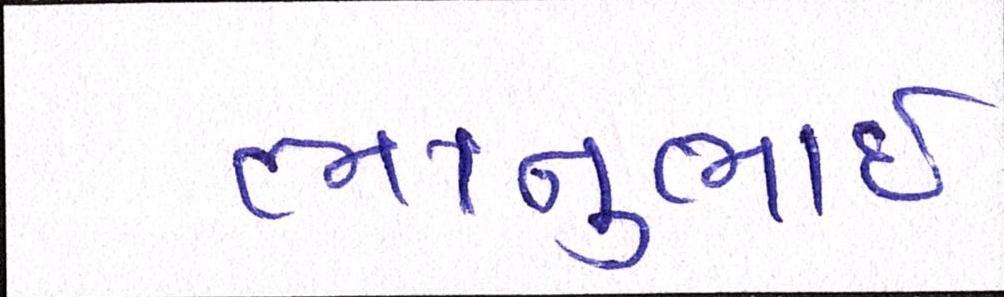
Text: ભાનુભાઈ